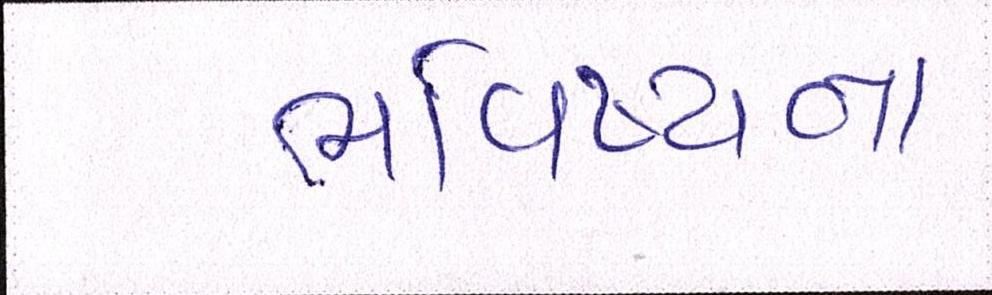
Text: ભવિષ્યના